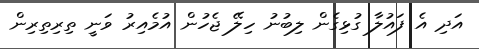
އަދި އެ ފައުލާ ގުޅިގެން ލިބުނު ހިލޭ ޖެހުން އުމެއިރު ވަނީ ތިރިތިރިން